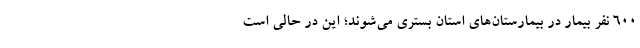
۶۰۰ نفر بیمار در بیمارستان‌های استان بستری می‌شوند؛ این در حالی است